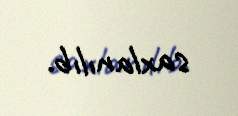
saxlanılıb.